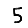
Digit: 5